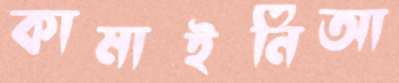
কামাইনিআ